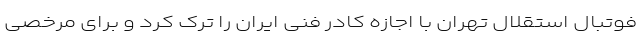
فوتبال استقلال تهران با اجازه کادر فنی ایران را ترک کرد و برای مرخصی